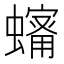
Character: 𧒠